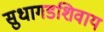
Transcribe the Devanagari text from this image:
सुधागडशिवाय